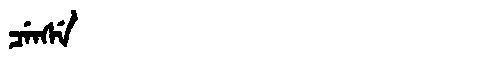
Manchu: ᠴᡝᠨᠰᡝ
Romanization: CENSE